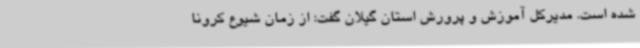
شده است. مدیرکل آموزش و پرورش استان گیلان گفت: از زمان شیوع کرونا